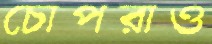
চোপরাও